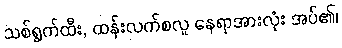
သစ်ရွက်ထီး, ထန်းလက်စလူ နေရာအားလုံး အပ်၏၊